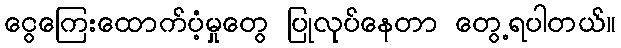
ငွေကြေးထောက်ပံ့မှုတွေ ပြုလုပ်နေတာ တွေ့ရပါတယ်။